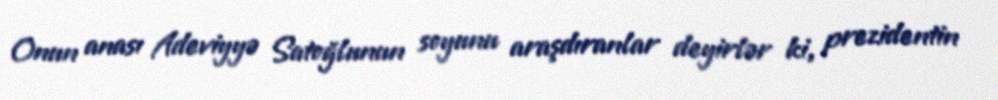
Onun anası Adeviyyə Satoğlunun soyunu araşdıranlar deyirlər ki, prezidentin